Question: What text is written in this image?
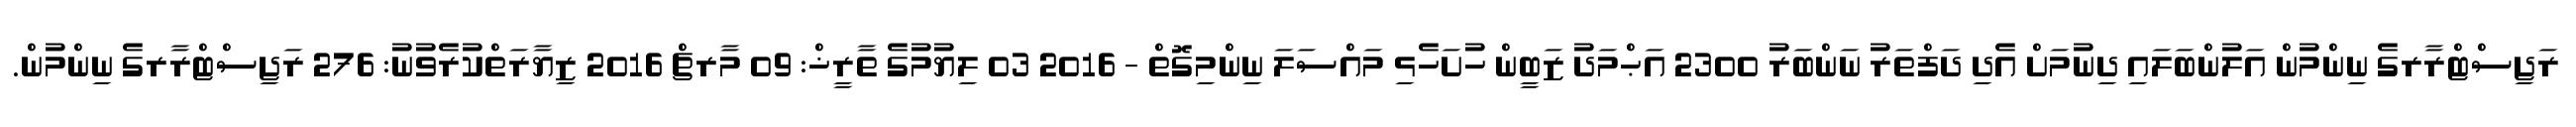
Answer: ރަޖިސްޓްރާރގެ ނިންމުން އަލުންބަލައި ދިނުމަށް އެދި ދަފްތަރު ނަންބަރު 2300 އަޙްމަދު ޒަބީން ހުށަހެޅި މައްސަލަ ނިންމިގޮތް - 2016 03 ލިޔުމުގެ ތާރީޚް: 09 މާރޗް 2016 ޒިޔާރަތްކުރެވުނު: 276 ރަޖިސްޓްރާރގެ ނިންމުން.